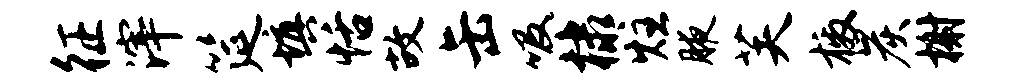
征滓筵填恬故缶吸棣炷腋芙檄炭榭